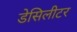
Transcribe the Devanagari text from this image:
डेसिलीटर